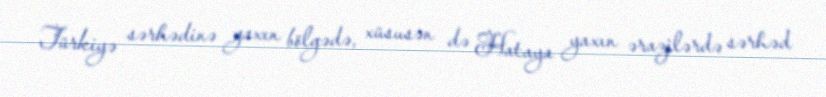
Türkiyə sərhədinə yaxın bölgədə, xüsusən də Hataya yaxın ərazilərdə sərhəd